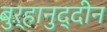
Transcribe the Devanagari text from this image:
बुऱ्हानुद्दीन